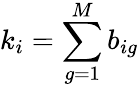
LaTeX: k_{i}=\sum_{g=1}^{M}b_{ig}